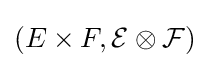
(E\times F,{\cal {E\otimes F)}}